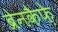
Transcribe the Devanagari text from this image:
ब्रेनकैफ़े